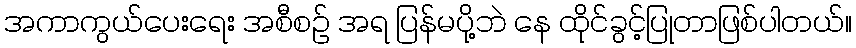
အကာကွယ်ပေးရေး အစီစဉ် အရ ပြန်မပို့ဘဲ နေ ထိုင်ခွင့်ပြုတာဖြစ်ပါတယ်။